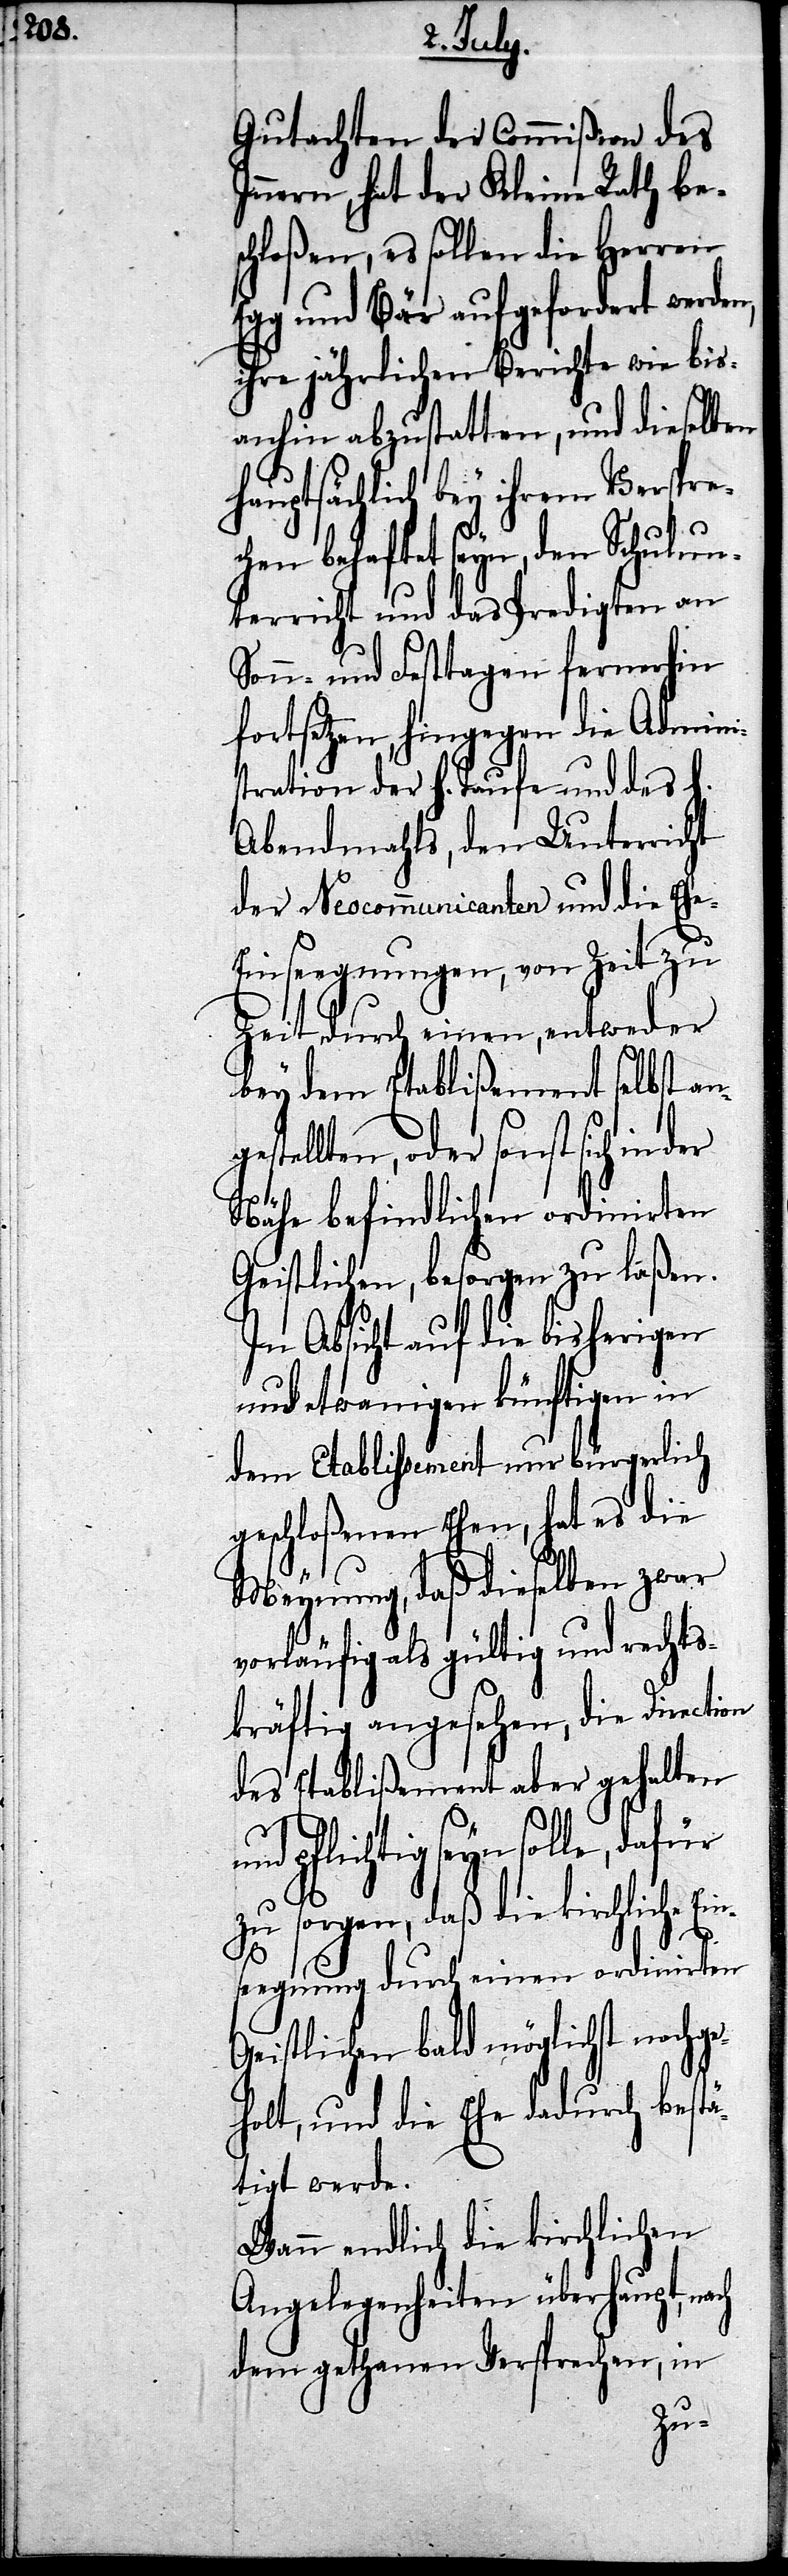
Gutachten der Commißion
Innern, hat der Kleine Rath
schloßen, es sollen die Herren
Egg und Bär aufgefordert werde¬
ihre jährlichen Berichte wie bis¬
anhin abzustatten, und dieselben
hauptsächlich bey ihrem Verspre¬
n behaftet seyn, den Schulu¬
nterricht und das Predigten an
Sonn- und Festtagen fernerhin
fortsetzen, hingegen die Admini¬
stration der H. Taufe und des H.
Abendmahls, den Unterricht
der Neocumminicanten und die Eh¬
e-Einseegnungen, von Zeit zu
Zeit durch einen, entweder
bey dem Etablißement selbst an¬
estellten, oder sonst sich in
Nähe befindlichen ordinirten
Geistlichen, besorgen zu laßen.
In Absicht auf die bisherigen
und etwanigen künftigen in
dem Etablissement nur bürgerlich
geschloßenen Ehen, hat es die
Meynung, daß dieselben zwar
vorläufig als gültig und rechts¬
kräftig angesehen, die Direction
das Etablißement aber gehalten
pflichtig seyn solle, dafür
zu sorgen, daß die kirchliche
seegnung durch einen ordinirten
Geistlichen bald möglichst nachge¬
holt, und die Ehe dadurch bestä¬
tigt werde.
Wann endlich die kirchlichen
Angelegenheiten überhaupt,
dem gethanen Versprechen, in
Ein¬